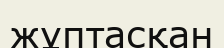
жұптасқан